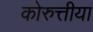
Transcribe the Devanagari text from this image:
कोरुत्तीया